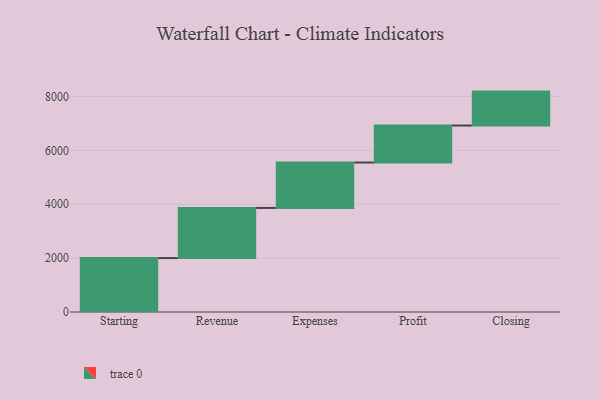
{"axis": {"x": "Step", "y": "Value"}, "legend": [""], "data": [{"x": "Starting", "y": 2002.0, "type": ""}, {"x": "Revenue", "y": 1861.0, "type": ""}, {"x": "Expenses", "y": 1685.0, "type": ""}, {"x": "Profit", "y": 1374.0, "type": ""}, {"x": "Closing", "y": 1259.0, "type": ""}]}